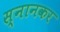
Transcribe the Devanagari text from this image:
स्नानकर